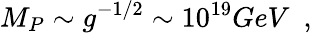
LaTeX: M_{P}\sim g^{-1/2}\sim 10^{19}GeV~~,